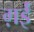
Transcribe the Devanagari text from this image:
ग़ईं